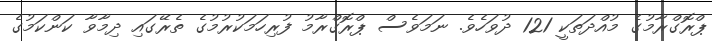
ޕްރޮގްރާމުގެ މުއްދަތަކީ 121 ދުވަހެވެ. ނަމަވެސް ޕްރޮގްރާމު ފުރިހަމަކުރުމުގެ ތެރޭގައި ދިމާވާ ކަންކަމުގެ